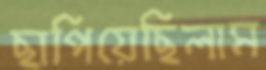
ছাপিয়েছিলাম